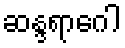
ဆန္ဒရာဂေါ